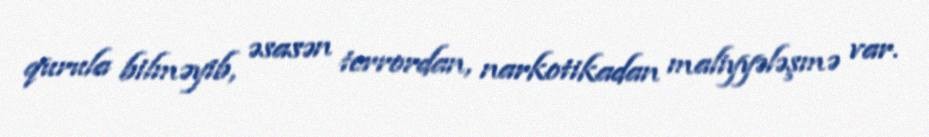
qurula bilməyib, əsasən terrordan, narkotikadan maliyyələşmə var.